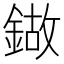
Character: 𰽁